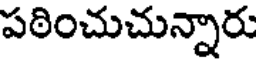
పఠించుచున్నారు